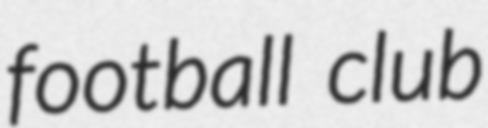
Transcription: football club